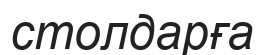
столдарға